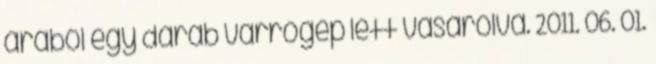
árából egy darab varrógép lett vásárolva. 2011. 06. 01.